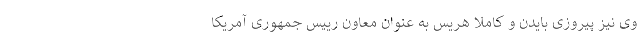
وی نیز پیروزی بایدن و کاملا هریس به عنوان معاون رییس جمهوری آمریکا